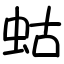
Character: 蛄